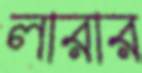
লারার